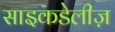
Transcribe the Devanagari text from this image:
साइकडेलीज़